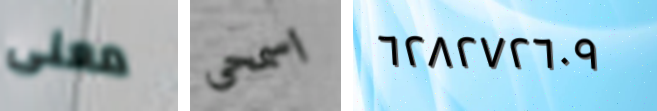
معنى اسمحى ٦٢٨٢٧٢٦٠٩